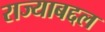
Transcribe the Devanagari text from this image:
राज्याबद्दल